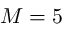
M = 5